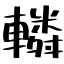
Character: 轔